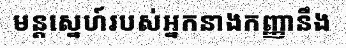
មន្តស្នេហ៍របស់អ្នកនាងកញ្ញានឹង